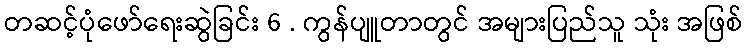
တဆင့်ပုံဖော်ရေးဆွဲခြင်း 6 . ကွန်ပျူတာတွင် အများပြည်သူ သုံး အဖြစ်